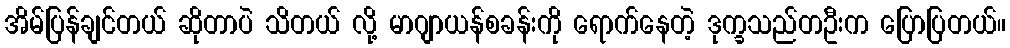
အိမ်ပြန်ချင်တယ် ဆိုတာပဲ သိတယ် လို့ မာဂျာယန်စခန်းကို ရောက်နေတဲ့ ဒုက္ခသည်တဦးက ပြောပြတယ်။